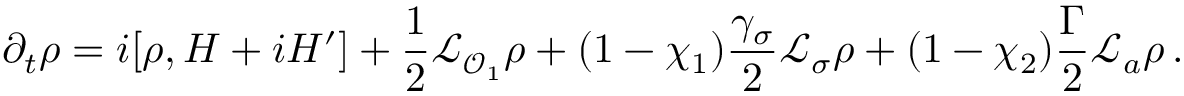
\partial _ { t } \rho = i [ \rho , H + i H ^ { \prime } ] + \frac { 1 } { 2 } \mathcal { L } _ { \mathcal { O } _ { 1 } } \rho + ( 1 - \chi _ { 1 } ) \frac { \gamma _ { \sigma } } { 2 } \mathcal { L } _ { \sigma } \rho + ( 1 - \chi _ { 2 } ) \frac { \Gamma } { 2 } \mathcal { L } _ { a } \rho \, .